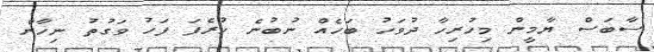
ސާބަސް ޔާމީން މިހުރިހާ ދުވަހު ބަހެއް ނުބުނެ ހުރެފަ ފަހު ވަގުތު ނިހާން